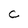
Character: C